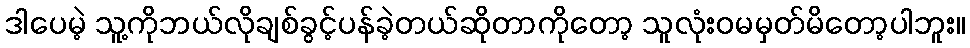
ဒါပေမဲ့ သူ့ကိုဘယ်လိုချစ်ခွင့်ပန်ခဲ့တယ်ဆိုတာကိုတော့ သူလုံးဝမမှတ်မိတော့ပါဘူး။